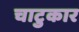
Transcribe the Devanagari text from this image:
चाटुकार